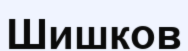
Шишков